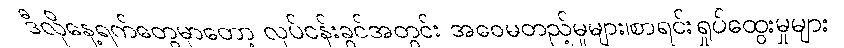
ဒီလိုနေ့ရက်တွေမှာတော့ လုပ်ငန်းခွင်အတွင်း အဝေမတည့်မှုများ၊စာရင်းရှုပ်ထွေးမှုများ